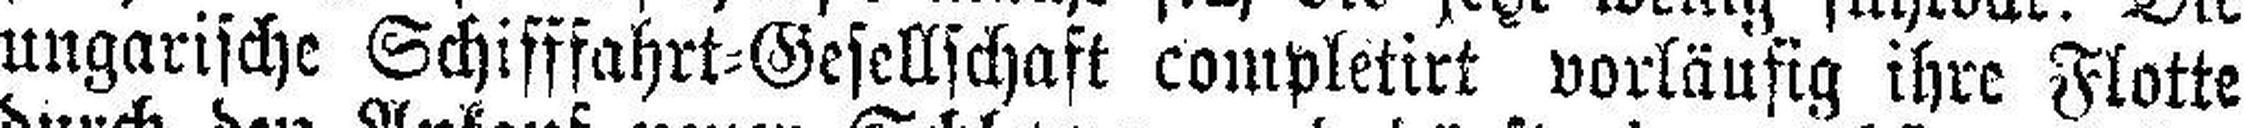
ungarische Schifffahrt=Gesellschaft completirt vorläufig ihre Flotte